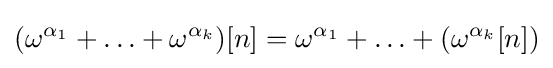
(\omega ^{\alpha _{1}}+\ldots +\omega ^{\alpha _{k}})[n]=\omega ^{\alpha _{1}}+\ldots +(\omega ^{\alpha _{k}}[n])